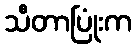
သီတာပြုံးက